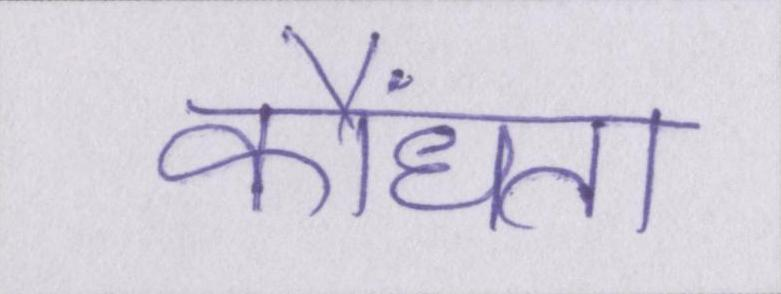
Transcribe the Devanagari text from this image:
कौंधता